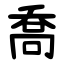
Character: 喬